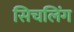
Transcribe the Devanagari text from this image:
सिचलिंग